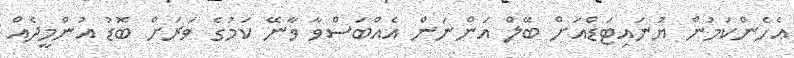
އެހެންކަމުން ޔުނައިޓަޑްއަށް ބޭލް އަންނަން އެއްބަސްވާ ވާނޭ ކަމުގެ ވަރަށް ބޮޑު އުންމީދެއް